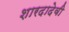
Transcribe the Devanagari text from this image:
शारदादेवी